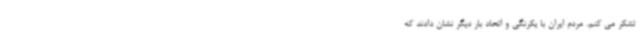
تشکر می کنم. مردم ایران با یکرنگی و اتحاد بار دیگر نشان دادند که